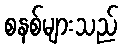
စနစ်များသည်